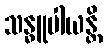
သန္ဓူပါယန္တိ